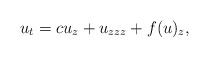
\begin{align*}u_t=cu_z+u_{zzz}+f(u)_z,\end{align*}